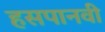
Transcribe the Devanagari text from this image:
हसपानवी